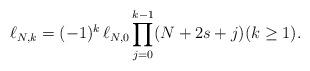
LaTeX: \begin{align*}\ell_{N,k}=(-1)^k \, \ell_{N,0} \prod_{j = 0}^{k - 1} (N + 2s + j) (k\ge 1).\end{align*}